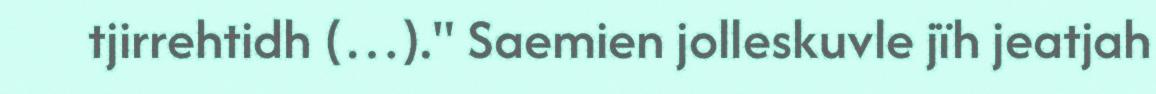
tjirrehtidh (…)." Saemien jolleskuvle jïh jeatjah